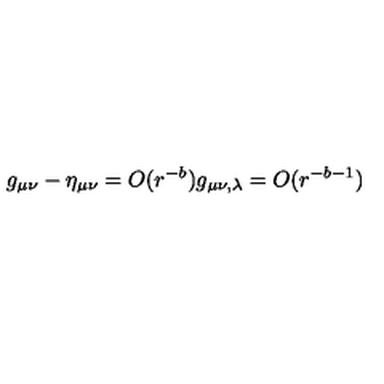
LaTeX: g _ { \mu \nu } - \eta _ { \mu \nu } = O ( r ^ { - b } ) g _ { \mu \nu , \lambda } = O ( r ^ { - b - 1 } )